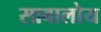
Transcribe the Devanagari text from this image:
सावालोय